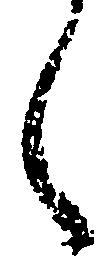
く